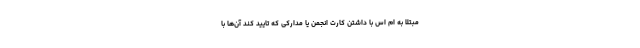
مبتلا به ام اس با داشتن کارت انجمن یا مدارکی که تایید کند آن‌ها با